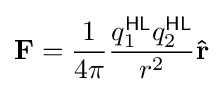
\mathbf {F} ={\frac {1}{4\pi }}{\frac {q_{1}^{\textsf {HL}}q_{2}^{\textsf {HL}}}{r^{2}}}\mathbf {\hat {r}}